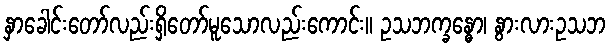
နှာခေါင်းတော်လည်းရှိတော်မူသောလည်းကောင်း။ ဥသဘက္ခန္ဓော၊ နွားလားဥသဘ